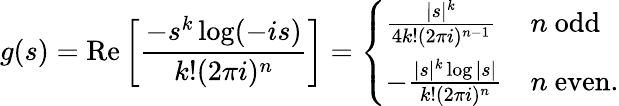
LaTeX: g(s)=\operatorname{Re}\left[{\frac{-s^{k}\log(-is)}{k!(2\pi i)^{n}}}\right]={\left\{ \begin{array}{ll}{{\frac{|s|^{k}}{4k!(2\pi i)^{n-1}}}}&{n{\mathrm{~odd}}}\\ {-{\frac{|s|^{k}\log|s|}{k!(2\pi i)^{n}}}}&{n{\mathrm{~even.}}}\end{array}\right.}